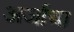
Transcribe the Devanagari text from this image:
अर्जाचा